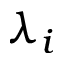
\lambda _ { i }